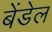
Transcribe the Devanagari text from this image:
बेंडेल